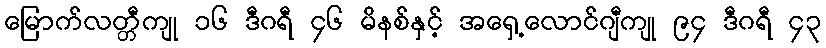
မြောက်လတ္တီကျု ၁၆ ဒီဂရီ ၄၆ မိနစ်နှင့် အရှေ့လောင်ဂျီကျု ၉၄ ဒီဂရီ ၄၃